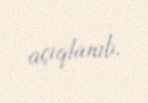
açıqlanıb.